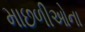
માછળીઓના